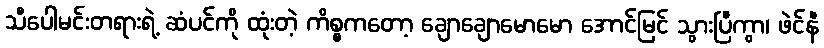
သီပေါမင်းတရားရဲ့ ဆံပင်ကို ထုံးတဲ့ ကိစ္စကတော့ ချောချောမောမော အောင်မြင် သွားပြီကွာ၊ ဖဲင်နီ